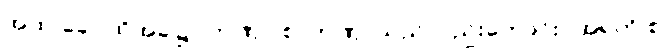
အထ ခေါ၊ ထိုအခါ၌။ တဏှာ စ၊ တဏှာသည်လည်းကောင်း။ အရတိ စ၊